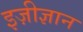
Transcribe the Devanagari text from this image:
इज़ीज्ञान